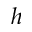
h